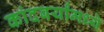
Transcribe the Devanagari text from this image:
कांदबर्यांमध्ये